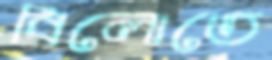
বিলোতে